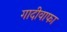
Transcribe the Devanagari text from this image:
गादीवाफा